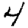
Digit: 4